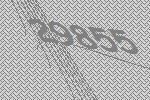
29855